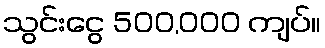
သွင်းငွေ 500,000 ကျပ်။